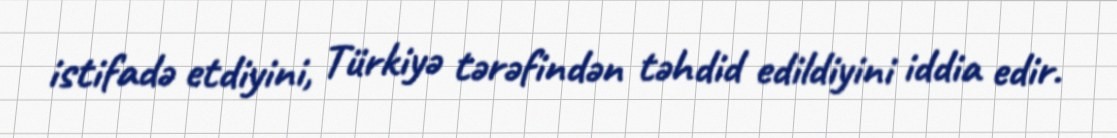
istifadə etdiyini, Türkiyə tərəfindən təhdid edildiyini iddia edir.